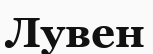
Лувен